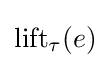
\operatorname {lift} _{\tau }(e)